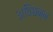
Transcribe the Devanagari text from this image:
अविछन्न